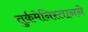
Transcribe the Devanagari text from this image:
तुर्कमेनिस्तानने